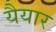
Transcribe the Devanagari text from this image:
यैयार